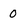
Character: 0